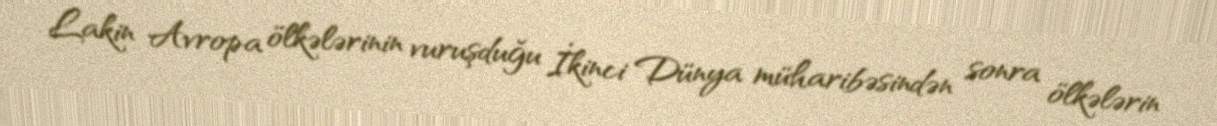
Lakin Avropa ölkələrinin vuruşduğu İkinci Dünya müharibəsindən sonra ölkələrin